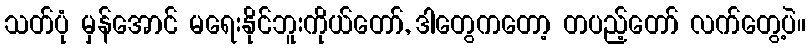
သတ်ပုံ မှန်အောင် မရေးနိုင်ဘူးကိုယ်တော်, ဒါတွေကတော့ တပည့်တော် လက်တွေ့ပဲ။